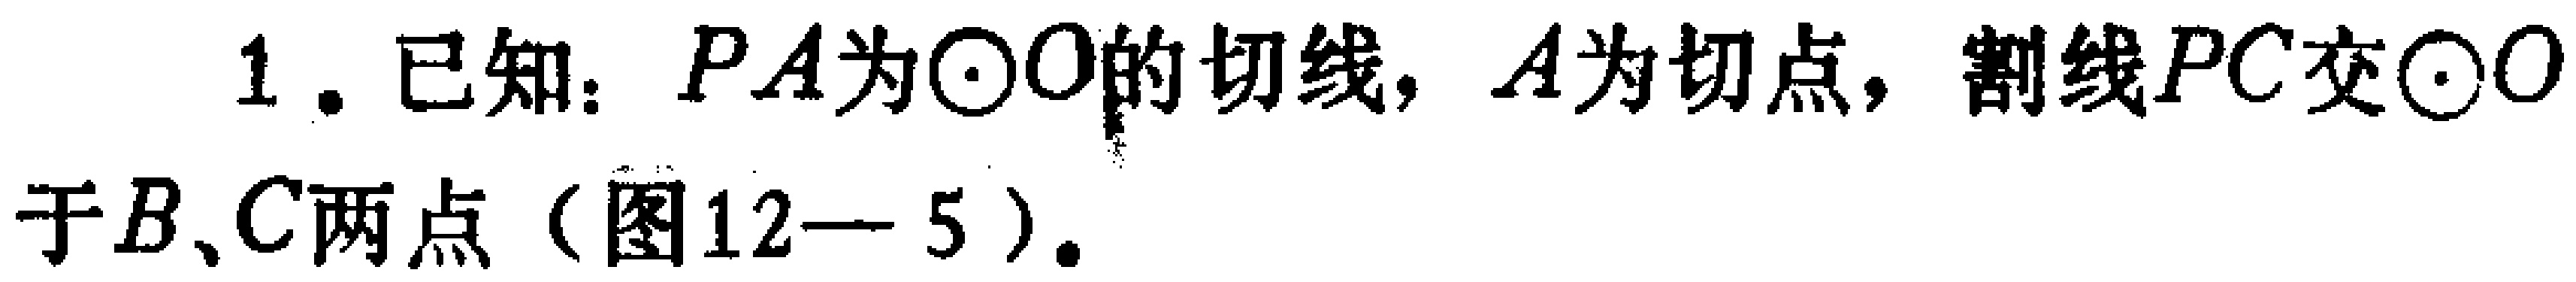
1. 已知：\(PA\)为\(\odot O\)的切线，\(A\)为切点，割线\(PC\)交\(\odot O\)于\(B、C\)两点（图12—5）.